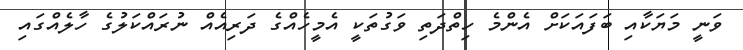
ވަނީ މަޔަކާއި ބަފައަކަށް އެންމެ ހިތްދަތި ވަގުތަކީ އެމީހެއްގެ ދަރިއެއް ނުރައްކަލުގެ ހާލެއްގައި